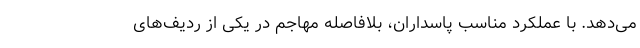
می‌دهد. با عملکرد مناسب پاسداران، بلافاصله مهاجم در یکی از ردیف‌های